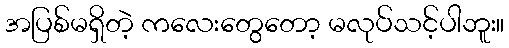
အပြစ်မရှိတဲ့ ကလေးတွေတော့ မလုပ်သင့်ပါဘူး။